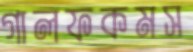
গালফকমস